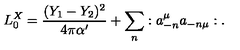
L _ { 0 } ^ { X } = { \frac { ( Y _ { 1 } - Y _ { 2 } ) ^ { 2 } } { 4 \pi \alpha ^ { \prime } } } + \sum _ { n } : a _ { - n } ^ { \mu } a _ { - n \mu } : .